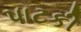
પાટકી